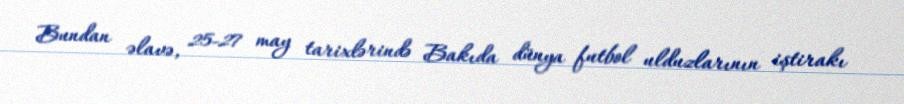
Bundan əlavə, 25-27 may tarixlərində Bakıda dünya futbol ulduzlarının iştirakı